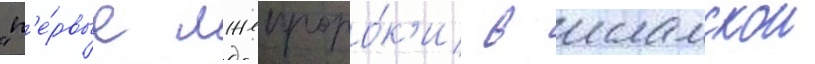
"п'е́рвые лжепроро́к'и в исламскои